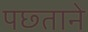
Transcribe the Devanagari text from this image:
पछ्ताने